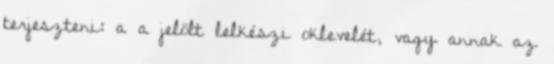
terjeszteni: a a jelölt lelkészi oklevelét, vagy annak az